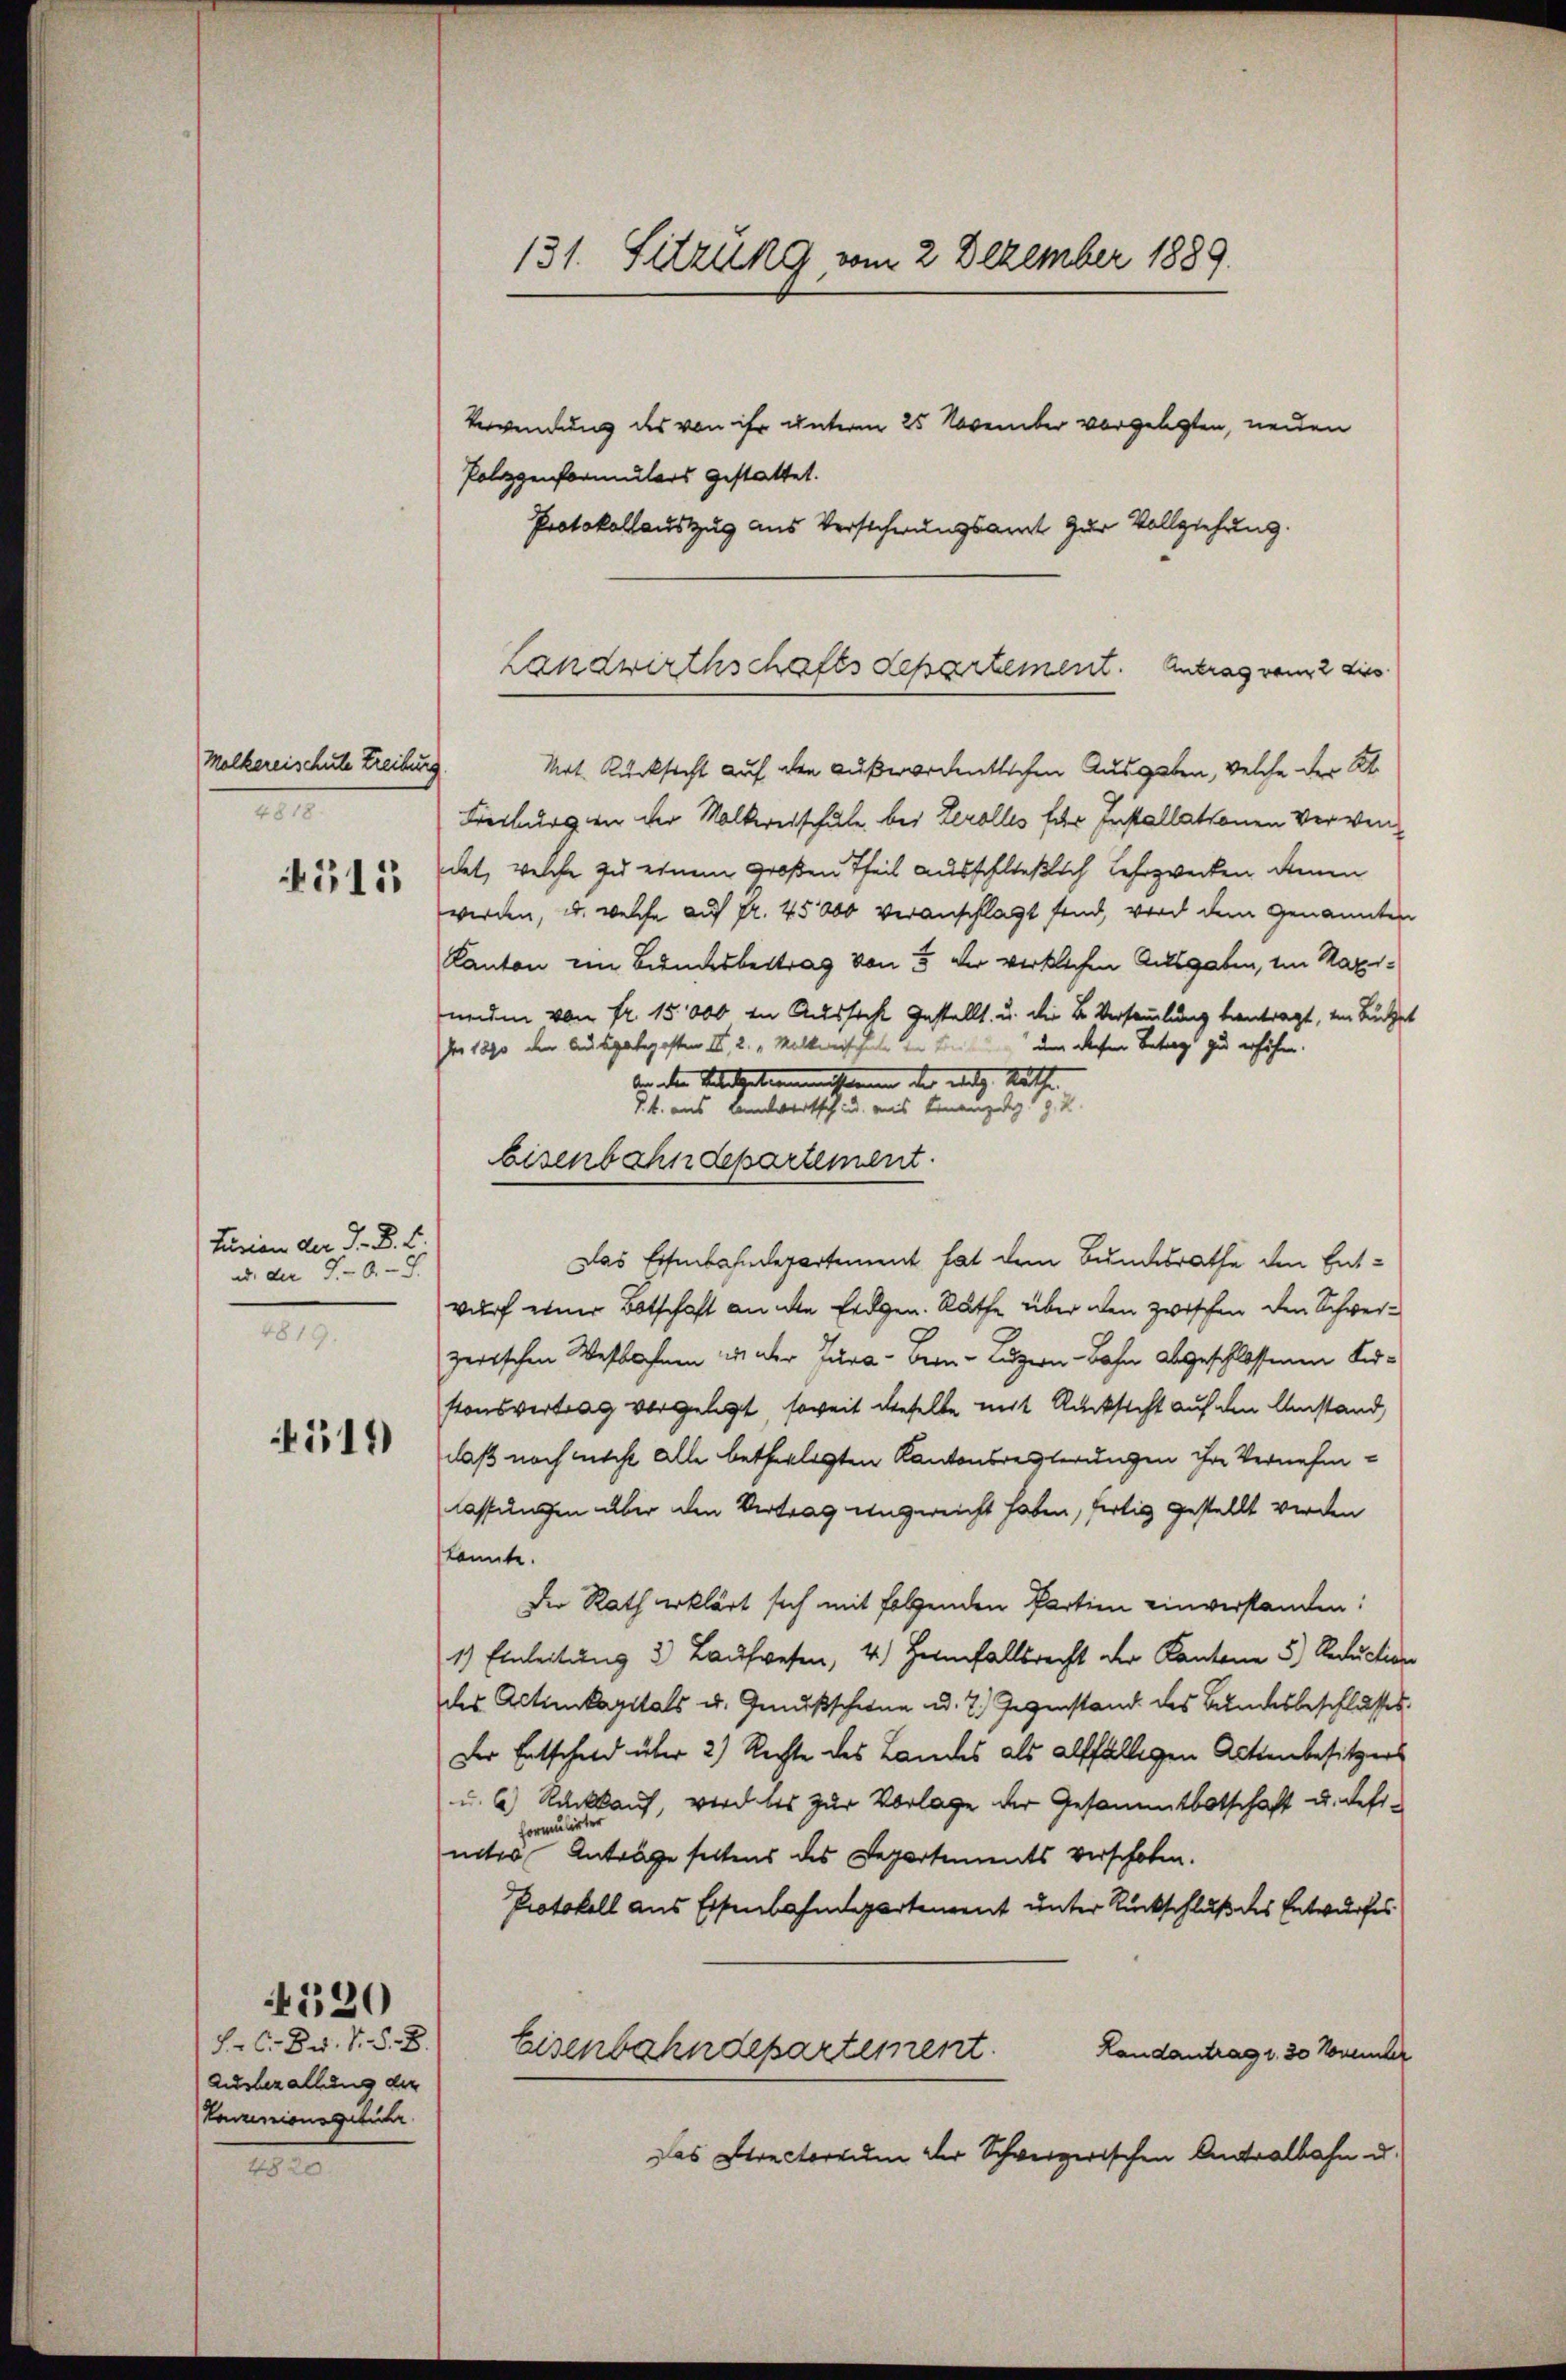
Molkereischule Treibung
4818.
515

fusion der J. B. E.
ud der 50.
4819.

411

F. C. Dr. v. §. 8.
Ausbezallung der
Koznionsgebühr

4520

1820.

131. Sitzung vom 2 Dezember 1889.

Verwendung des von ihr unterm 25 November vorgelegten, neuen
Polizenformulars gestattet.
Protokollauszug aus Verschwungsamt zur Vollziehung.
Mot. Rücksicht auf den außerordentlichen Ausgaben, welche der St.
Freiburgen der Malkreischule bei Herolles für Installationen Verwendat, welche zu einem großen Theil ausschließlich Lehrzwecken denen
werden, u. welche auf fr. 45000 veranschlagt sind, wird dem Genannten
Kanton im Bundesbertrag von 5 der wirklichen Ausgaben, im Maxineuen von fr. 15,000 in Aussicht gestellt, u. die B. Versammlung beantragt, ein Buchet
Der 1890 den Ausgabeposten III, 2. „Malkreischeln der bei den diesen Betrag zu erhöhen.
ben den Velikationessenen der mit hätte
§. 4. aus Bannwertsch u. meis Finanzeg 19. 2
bisenbahndepartement.
Das Eisenbahndepartement hat dem Bundesrathe den Entwurf einer Botschaft an die Erdgen. Räthe über den zwischen den Schweizerischen Westbahnen in der Jura - Bern-Luzern - Bahn abgeschlossenen Kirstonsvertrag vergelegt, soweit dieselbe mit Rücksicht auf den Umstand,
daß noch nicht alle betheiligten Kantonsresterungen ihre Vernehmlassungen aber den Vertrag angereicht haben, fertig gestellt werden
konnte.
Der Rath erklärt sich mit folgenden Partien einverstanden:
1) Einleitung 2 Laufwesen, 4.) Heimfallsrecht der Kantone 5.) Reduction
des Actienkapitals u. Genußschene u. 2.) Gegenstand des Bundesbeschlusses.
Der Entschuld über 2) Rechte des Landes als allfälligen Actienbesitzers
u. 6) Rückkauf, wird bis zur Vorlage der Gesammtbotschaft u. defi¬
Formulie
mites Anträge seltens des Departements verschoben.
Protokoll aus Eisenbahndepartement unter Rückschluß des Entwurfes
Eisenbahndepartement.
Landantrag 1. 30 November
Das Directorium der Schweizerischen Antralbahn u.

Landwirthschaftsdepartement. Antrag vom 2 dies